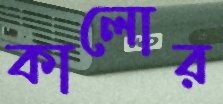
কালোর